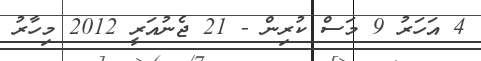
4 އަހަރު 9 މަސް ކުރިން - 21 ޖެނުއަރީ 2012 މިހާރު